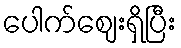
ပေါက်ဈေးရှိပြီး